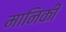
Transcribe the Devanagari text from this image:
मानिकी